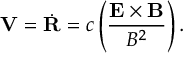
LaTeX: { \bf V } = \dot { \bf R } = c \left( { \frac { \bf E \times B } { B ^ { 2 } } } \right) .